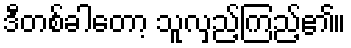
ဒီတစ်ခါတော့ သူလှည့်ကြည့်၏။